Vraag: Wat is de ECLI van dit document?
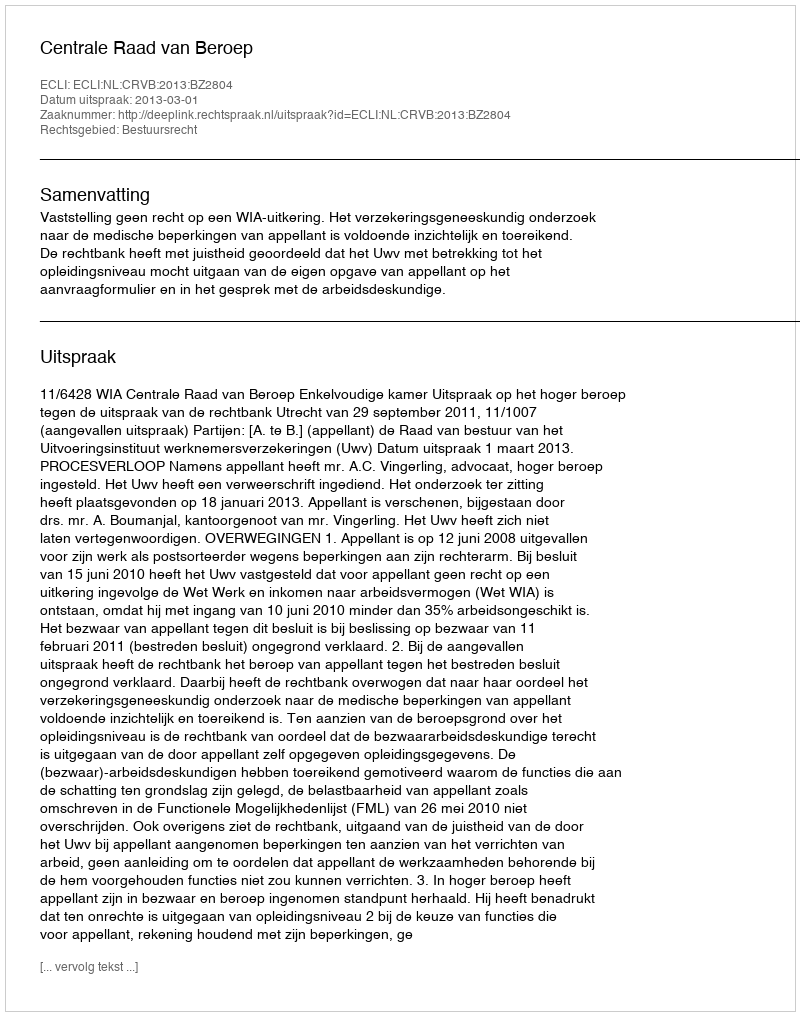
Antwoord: ECLI:NL:CRVB:2013:BZ2804